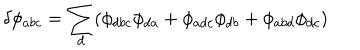
\delta \phi _ { a b c } = \sum _ { d } ( \phi _ { d b c } \phi _ { d a } + \phi _ { a d c } \phi _ { d b } + \phi _ { a b d } \phi _ { d c } )